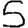
Digit: 5